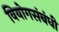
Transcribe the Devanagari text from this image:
वियोगसंबंधी